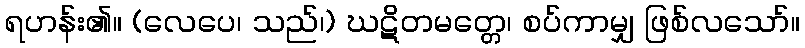
ရဟန်း၏။ (လေပေ၊ သည်၊) ဃဋိတမတ္တေ၊ စပ်ကာမျှ ဖြစ်လသော်။